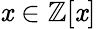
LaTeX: \mathit{x}\in\mathbb{{Z}}[\mathit{x}]